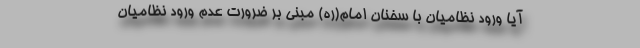
آیا ورود نظامیان با سخنان امام(ره) مبنی بر ضرورت عدم ورود نظامیان